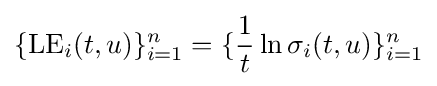
\{{\rm {LE}}_{i}(t,u)\}_{i=1}^{n}=\{{\frac {1}{t}}\ln \sigma _{i}(t,u)\}_{i=1}^{n}